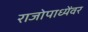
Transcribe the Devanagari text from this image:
राजोपाध्येंवर